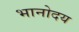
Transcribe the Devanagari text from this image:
भानोदय